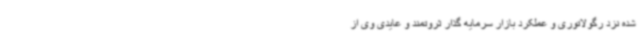
شده نزد رگولاتوری و عملکرد بازار سرمایه گذار ثروتمند و عایدی وی از